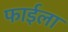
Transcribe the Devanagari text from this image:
फाईला